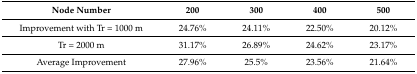
<table><thead><tr><td><b>Node Number</b></td><td><b>200</b></td><td><b>300</b></td><td><b>400</b></td><td><b>500</b></td></tr></thead><tbody><tr><td>Improvement with Tr = 1000 m</td><td>24.76%</td><td>24.11%</td><td>22.50%</td><td>20.12%</td></tr><tr><td>Tr = 2000 m</td><td>31.17%</td><td>26.89%</td><td>24.62%</td><td>23.17%</td></tr><tr><td>Average Improvement</td><td>27.96%</td><td>25.5%</td><td>23.56%</td><td>21.64%</td></tr></tbody></table>